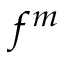
f ^ { m }